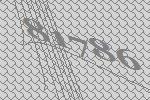
81786